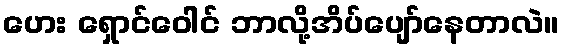
ဟေး ရှောင်ဝေါင် ဘာလို့အိပ်ပျော်နေတာလဲ။